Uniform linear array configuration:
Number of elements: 4
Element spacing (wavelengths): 1
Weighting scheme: hann
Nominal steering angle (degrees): -45
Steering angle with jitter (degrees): -43.192
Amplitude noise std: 0.05
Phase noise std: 0.05

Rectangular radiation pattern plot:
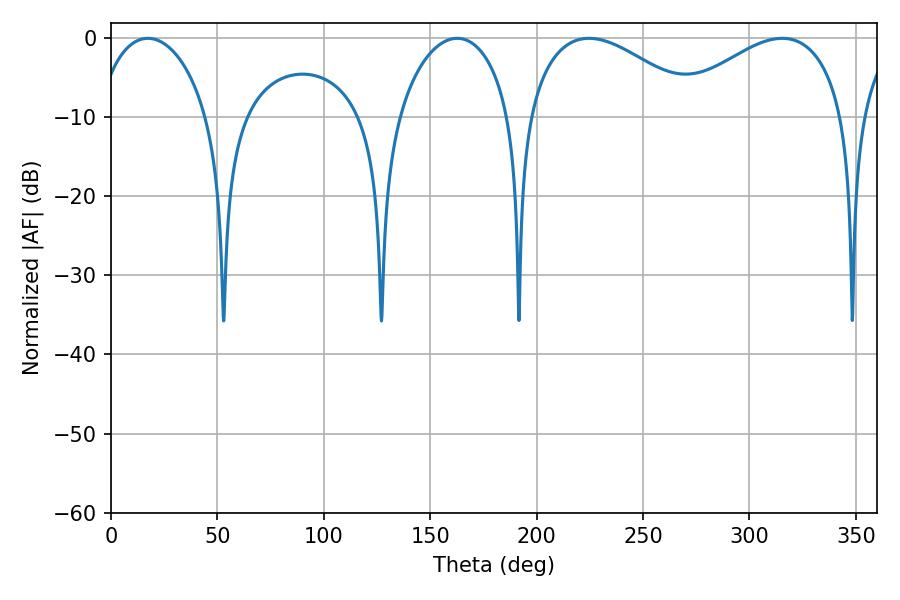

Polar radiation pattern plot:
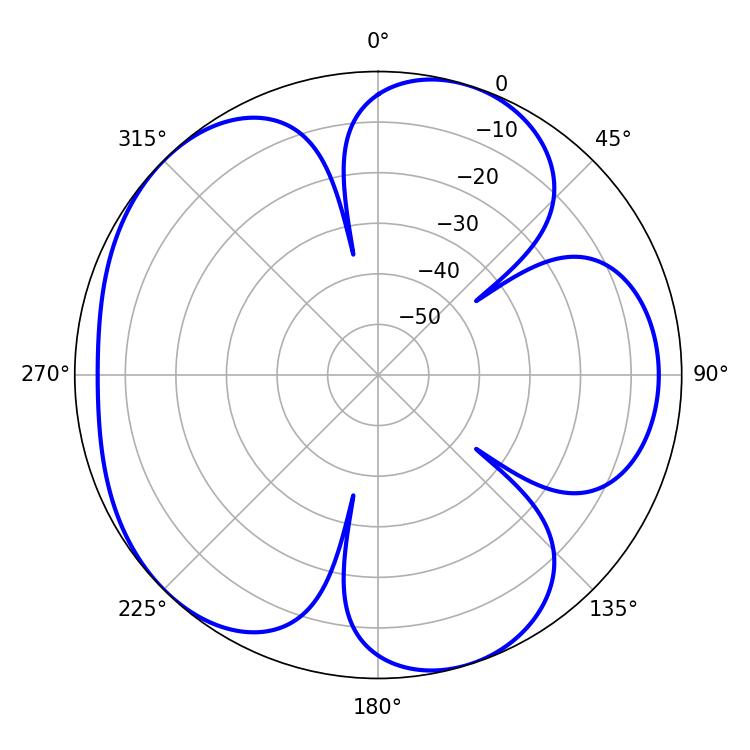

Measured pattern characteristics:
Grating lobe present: TRUE
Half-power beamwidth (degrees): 45.18
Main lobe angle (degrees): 224.64